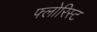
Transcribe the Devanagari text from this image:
फ्लोरिस्ट